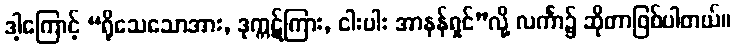
ဒါ့ကြောင့် “ရိုသေသောအား, ဒုက္ကဋ်ကြား, ငါးပါး အာနန်ရှင်”လို့ လင်္ကာ၌ ဆိုတာဖြစ်ပါတယ်။